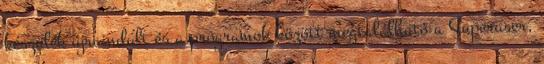
készülék újraindult és a programok között megtalálható a Superuser,